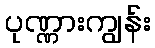
ပုဏ္ဏားကျွန်း